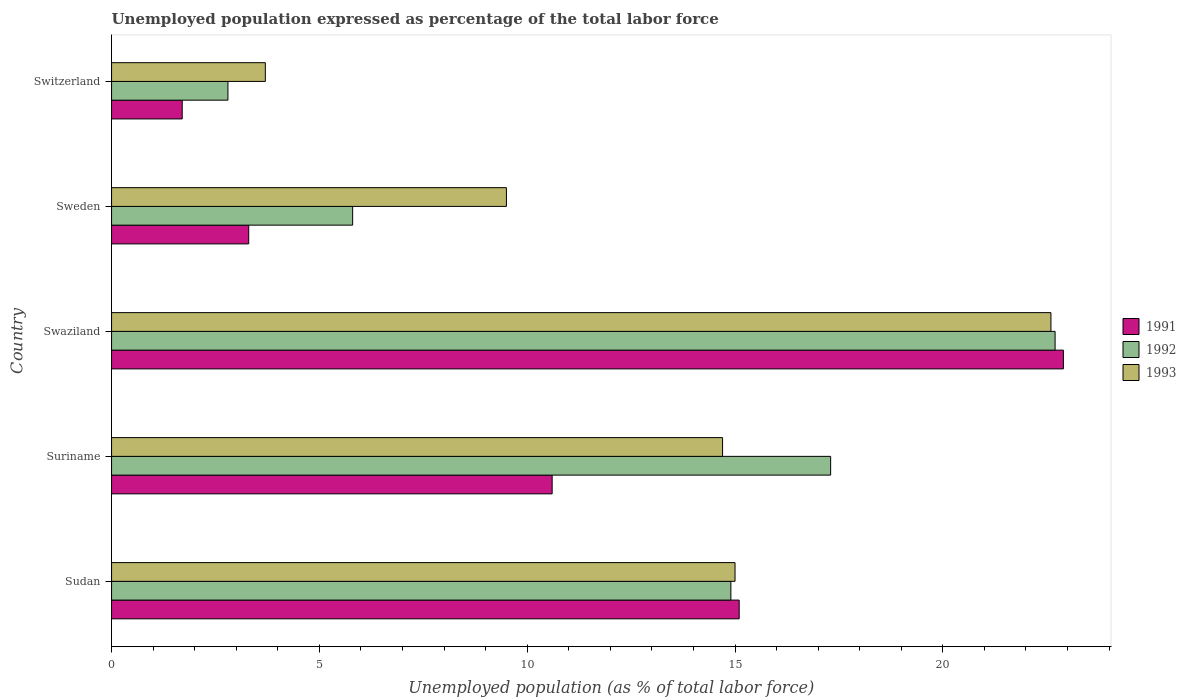
| Country | 1991 | 1992 | 1993 |
 | --- | --- | --- | --- |
 | Sudan | 15.1 | 14.9 | 15 |
 | Suriname | 10.6 | 17.3 | 14.7 |
 | Swaziland | 22.9 | 22.7 | 22.6 |
 | Sweden | 3.3 | 5.8 | 9.5 |
 | Switzerland | 1.7 | 2.8 | 3.7 |